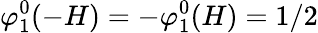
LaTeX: \varphi_{1}^{0}(-H)=-\varphi_{1}^{0}(H)=1/2